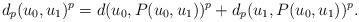
LaTeX: \begin{align*}d_p(u_0, u_1)^p=d(u_0, P(u_0, u_1))^p+d_p(u_1, P(u_0, u_1))^p. \end{align*}